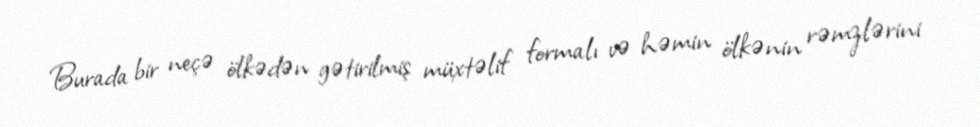
Burada bir neçə ölkədən gətirilmiş müxtəlif formalı və həmin ölkənin rəmzlərini